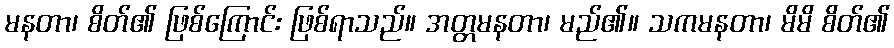
မနတာ၊ စိတ်၏ ဖြစ်ကြောင်း ဖြစ်ရာသည်။ အတ္တမနတာ၊ မည်၏။ သကမနတာ၊ မိမိ စိတ်၏